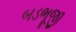
બડભૂજી